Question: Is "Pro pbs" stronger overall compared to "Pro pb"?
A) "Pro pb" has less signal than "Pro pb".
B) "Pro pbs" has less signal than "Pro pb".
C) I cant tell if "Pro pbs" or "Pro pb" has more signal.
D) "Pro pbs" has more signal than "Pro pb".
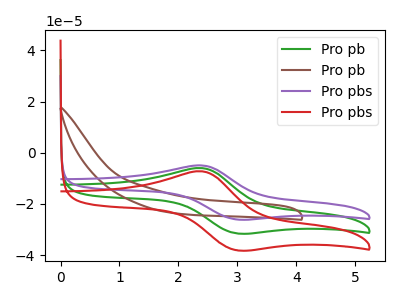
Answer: <think>The green curve "Pro pb" has an anodic peak at (2.40V, -6.00uA) and a cathodic peak at (3.00V, -31.50uA). The brown curve "Pro pb" has no peaks. The purple curve "Pro pbs" has an anodic peak at (2.40V, -4.95uA) and a cathodic peak at (3.00V, -26.05uA). The red curve "Pro pbs" has an anodic peak at (2.40V, -11.95uA) and a cathodic peak at (3.00V, -63.00uA).
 All the peaks in "Pro pbs" have a peak in "Pro pb" at the same potential.</think>
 <answer>C) I cant tell if "Pro pbs" or "Pro pb" has more signal.</answer>
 <eval>C</eval>